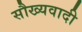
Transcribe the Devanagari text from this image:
सौख्यवादी